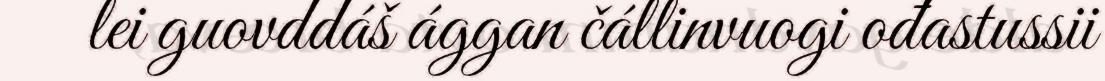
lei guovddáš ággan čállinvuogi ođastussii